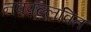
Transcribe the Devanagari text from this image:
नवपल्लवित